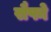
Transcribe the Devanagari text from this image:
सैफो